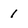
Character: 1